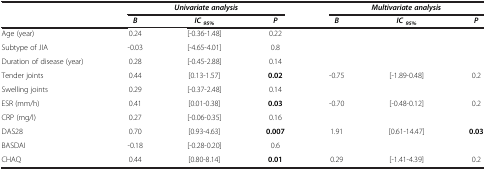
<table><thead><tr><td><b> </b></td><td colspan="3"><b><i>Univariate analysis</i></b></td><td colspan="3"><b><i>Multivariate analysis</i></b></td></tr><tr><td><b> </b></td><td><b><i>B</i></b></td><td><b><i>IC</i><sub><i>95%</i></sub></b></td><td><b><i>P</i></b></td><td><b><i>B</i></b></td><td><b><i>IC</i><sub><i>95%</i></sub></b></td><td><b><i>P</i></b></td></tr></thead><tbody><tr><td>Age (year)</td><td>0.24</td><td>[-0.36-1.48]</td><td>0.22</td><td> </td><td> </td><td> </td></tr><tr><td>Subtype of JIA</td><td>-0.03</td><td>[-4.65-4.01]</td><td>0.8</td><td> </td><td> </td><td> </td></tr><tr><td>Duration of disease (year)</td><td>0.28</td><td>[-0.45-2.88]</td><td>0.14</td><td> </td><td> </td><td> </td></tr><tr><td>Tender joints</td><td>0.44</td><td>[0.13-1.57]</td><td><b>0.02</b></td><td>-0.75</td><td>[-1.89-0.48]</td><td>0.2</td></tr><tr><td>Swelling joints</td><td>0.29</td><td>[-0.37-2.48]</td><td>0.14</td><td> </td><td> </td><td> </td></tr><tr><td>ESR (mm/h)</td><td>0.41</td><td>[0.01-0.38]</td><td><b>0.03</b></td><td>-0.70</td><td>[-0.48-0.12]</td><td>0.2</td></tr><tr><td>CRP (mg/l)</td><td>0.27</td><td>[-0.06-0.35]</td><td>0.16</td><td> </td><td> </td><td> </td></tr><tr><td>DAS28</td><td>0.70</td><td>[0.93-4.63]</td><td><b>0.007</b></td><td>1.91</td><td>[0.61-14.47]</td><td><b>0.03</b></td></tr><tr><td>BASDAI</td><td>-0.18</td><td>[-0.28-0.20]</td><td>0.6</td><td> </td><td> </td><td> </td></tr><tr><td>CHAQ</td><td>0.44</td><td>[0.80-8.14]</td><td><b>0.01</b></td><td>0.29</td><td>[-1.41-4.39]</td><td>0.2</td></tr></tbody></table>